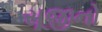
સૂજીનો